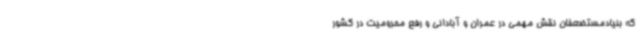
که بنیادمستضعفان نقش مهمی در عمران و آبادانی و رفع محرومیت در کشور